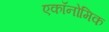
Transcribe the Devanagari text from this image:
एकॉनोमिक